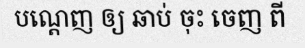
បណ្តេញ ឲ្យ ឆាប់ ចុះ ចេញ ពី